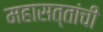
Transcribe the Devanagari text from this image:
महासत्तांची